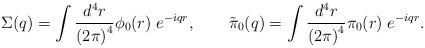
LaTeX: \begin{align*}\Sigma(q)=\int \frac{d^4r}{\left(2\pi\right)^4}\phi_0(r)\;e^{-iqr}, \qquad \tilde\pi_0(q)=\int \frac{d^4r}{\left(2\pi\right)^4}\pi_0(r)\;e^{-iqr}.\end{align*}